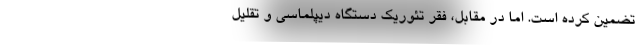
تضمین کرده است. اما در مقابل، فقرِ تئوریک دستگاه دیپلماسی و تقلیل